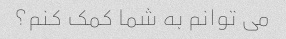
می توانم به شما کمک کنم؟